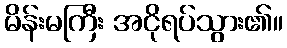
မိန်းမကြီး အငိုရပ်သွား၏။